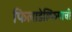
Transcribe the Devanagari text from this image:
फिलाडेल्फियाची